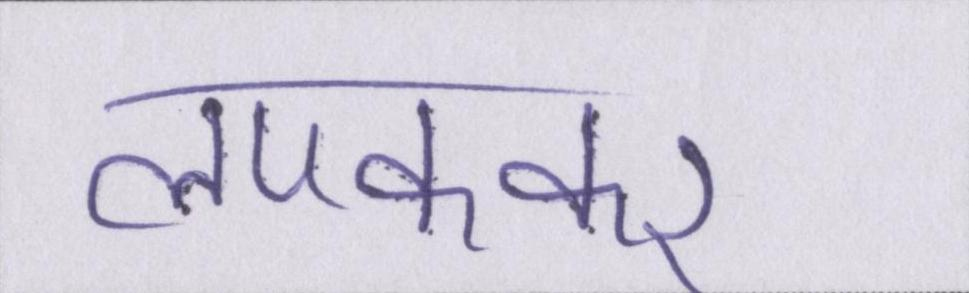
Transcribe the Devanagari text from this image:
लपककर